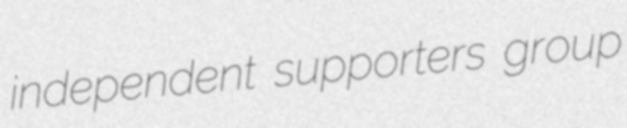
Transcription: independent supporters group